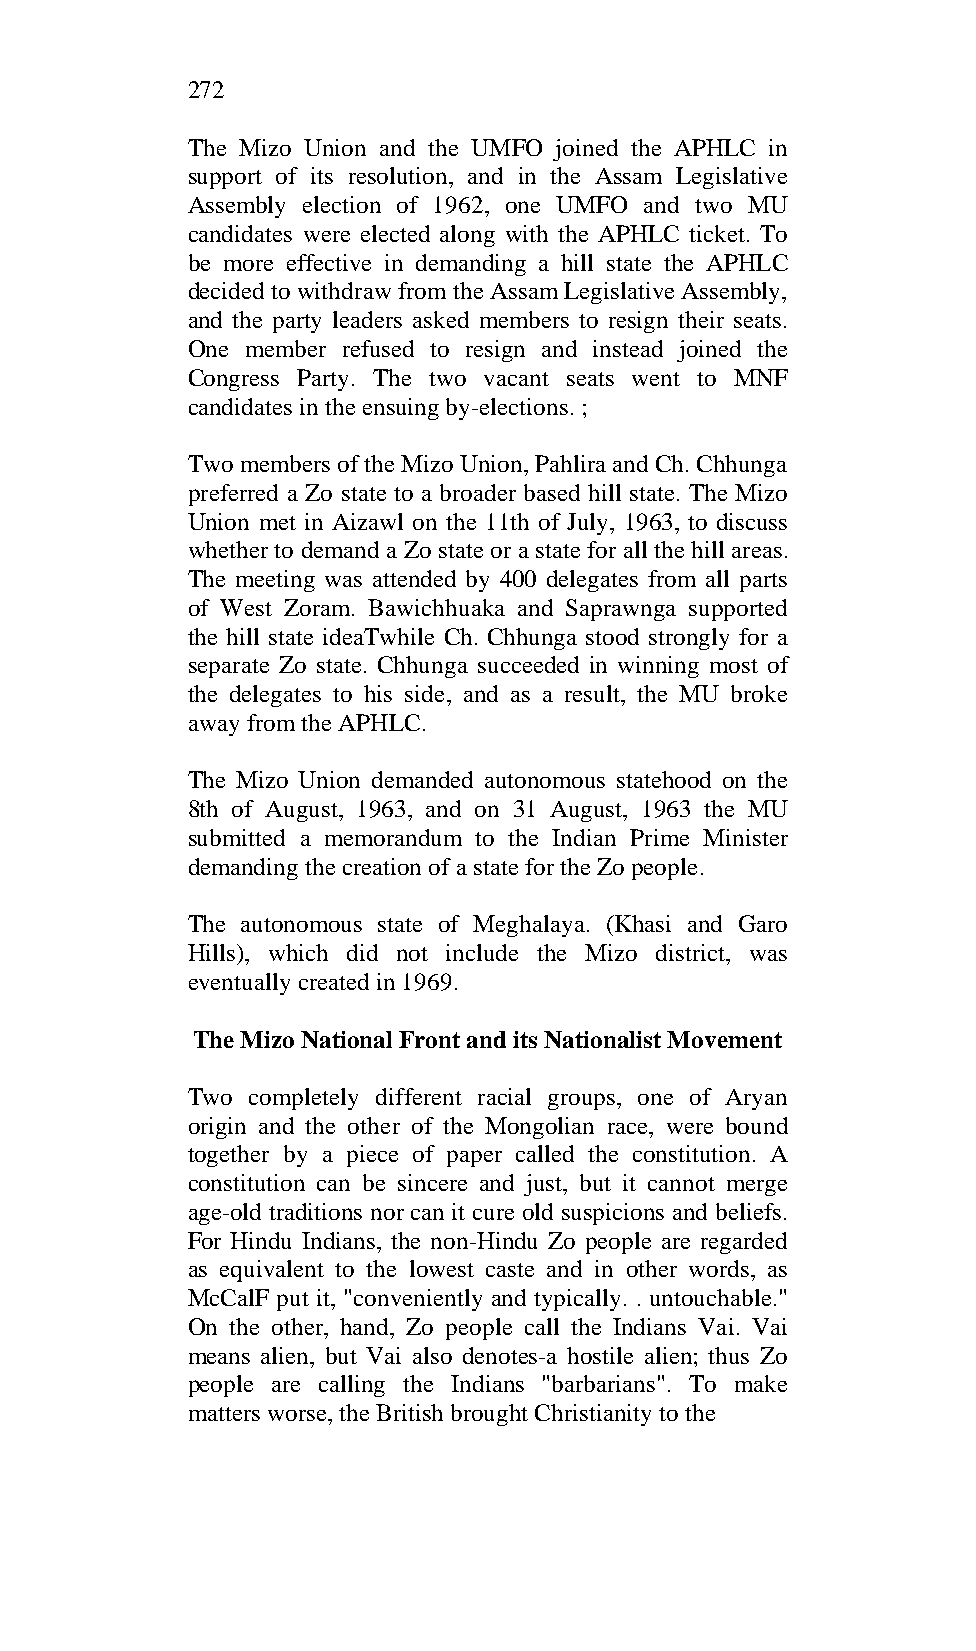
272
 The Mizo Union and the UMFO joined the APHLC in
 support of its resolution, and in the Assam Legislative
 Assembly election of 1962, one UMFO and two MU
 candidates were elected along with the APHLC ticket. To
 be more effective in demanding a hill state the APHLC
 decided to withdraw from the Assam Legislative Assembly,
 and the party leaders asked members to resign their seats.
 One member refused to resign and instead joined the
 Congress Party. The two vacant seats went to MNF
 candidates in the ensuing by-elections. ;
 Two members of the Mizo Union, Pahlira and Ch. Chhunga
 preferred a Zo state to a broader based hill state. The Mizo
 Union met in Aizawl on the 11th of July, 1963, to discuss
 whether to demand a Zo state or a state for all the hill areas.
 The meeting was attended by 400 delegates from all parts
 of West Zoram. Bawichhuaka and Saprawnga supported
 the hill state ideaTwhile Ch. Chhunga stood strongly for a
 separate Zo state. Chhunga succeeded in winning most of
 the delegates to his side, and as a result, the MU broke
 away from the APHLC.
 The Mizo Union demanded autonomous statehood on the
 8th of August, 1963, and on 31 August, 1963 the MU
 submitted a memorandum to the Indian Prime Minister
 demanding the creation of a state for the Zo people.
 The autonomous state of Meghalaya. (Khasi and Garo
 Hills), which did not include the Mizo district, was
 eventually created in 1969.
 The Mizo National Front and its Nationalist Movement
 Two completely different racial groups, one of Aryan
 origin and the other of the Mongolian race, were bound
 together by a piece of paper called the constitution. A
 constitution can be sincere and just, but it cannot merge
 age-old traditions nor can it cure old suspicions and beliefs.
 For Hindu Indians, the non-Hindu Zo people are regarded
 as equivalent to the lowest caste and in other words, as
 McCalF put it, "conveniently and typically. . untouchable."
 On the other, hand, Zo people call the Indians Vai. Vai
 means alien, but Vai also denotes-a hostile alien; thus Zo
 people are calling the Indians "barbarians". To make
 matters worse, the British brought Christianity to the